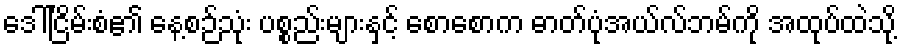
ဒေါ်ငြိမ်းစံ၏ နေ့စဉ်သုံး ပစ္စည်းများနှင့် စောစောက ဓာတ်ပုံအယ်လ်ဘမ်ကို အထုပ်ထဲသို့